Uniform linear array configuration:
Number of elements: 12
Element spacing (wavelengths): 0.75
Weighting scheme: hamming
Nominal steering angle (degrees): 15
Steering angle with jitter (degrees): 14.935
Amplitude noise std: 0.05
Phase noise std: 0.05

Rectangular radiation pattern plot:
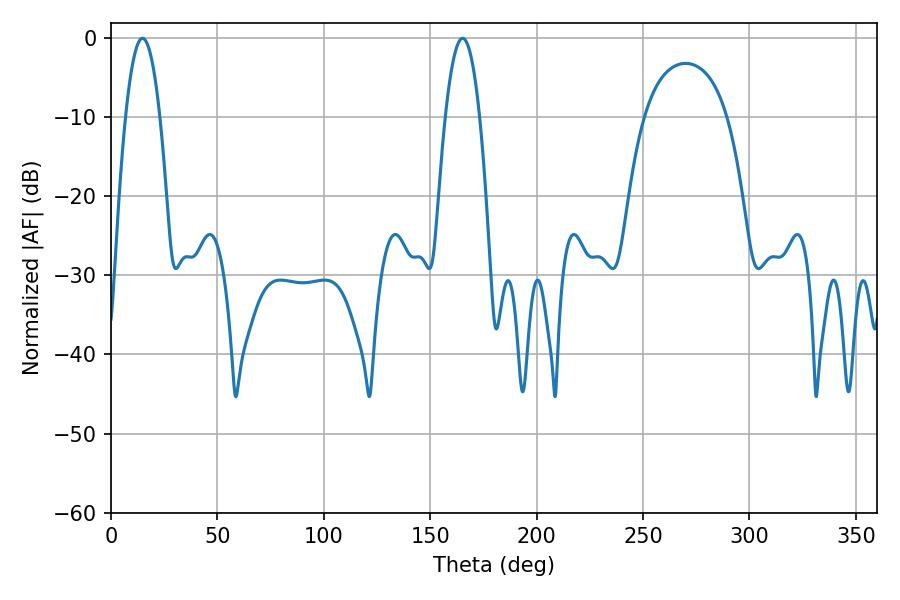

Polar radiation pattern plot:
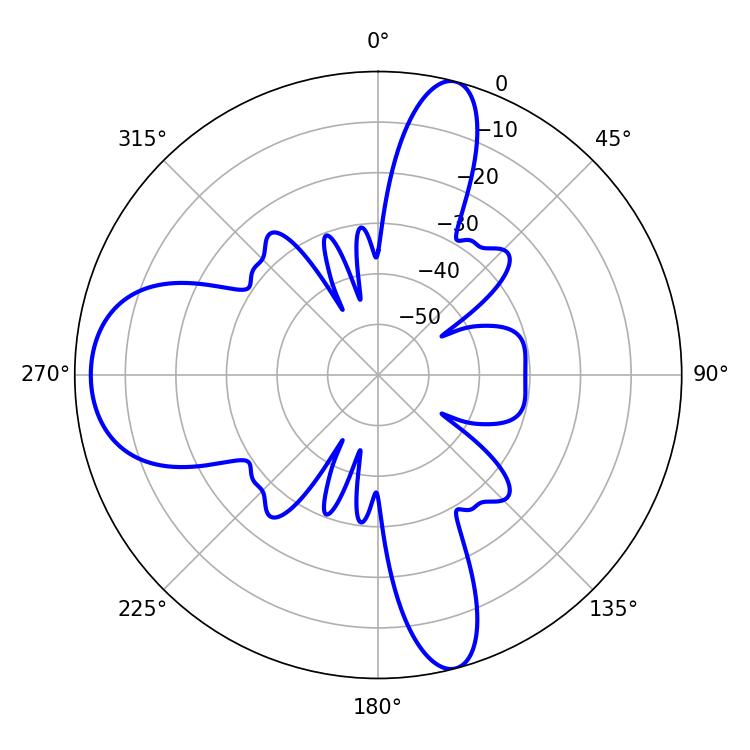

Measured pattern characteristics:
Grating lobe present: TRUE
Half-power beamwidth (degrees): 8.82
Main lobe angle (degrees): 14.76